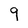
Character: 9